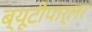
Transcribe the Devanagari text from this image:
ब्यूटीपार्लर